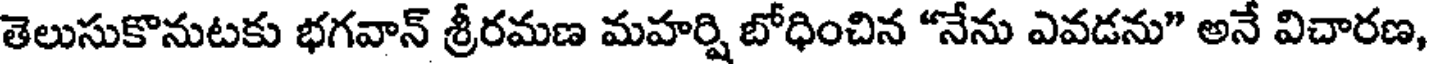
తెలుసుకొనుటకు భగవాన్ శ్రీరమణ మహర్షి బోధించిన "నేను ఎవడను" అనే విచారణ,